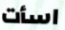
اسأت